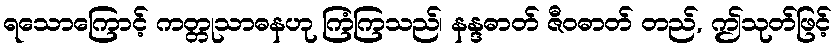
ရသောကြောင့် ကတ္တုသာဓနဟု ကြံကြသည်၊ နန္ဒဓာတ် ဇီဝဓာတ် တည်, ဤသုတ်ဖြင့်